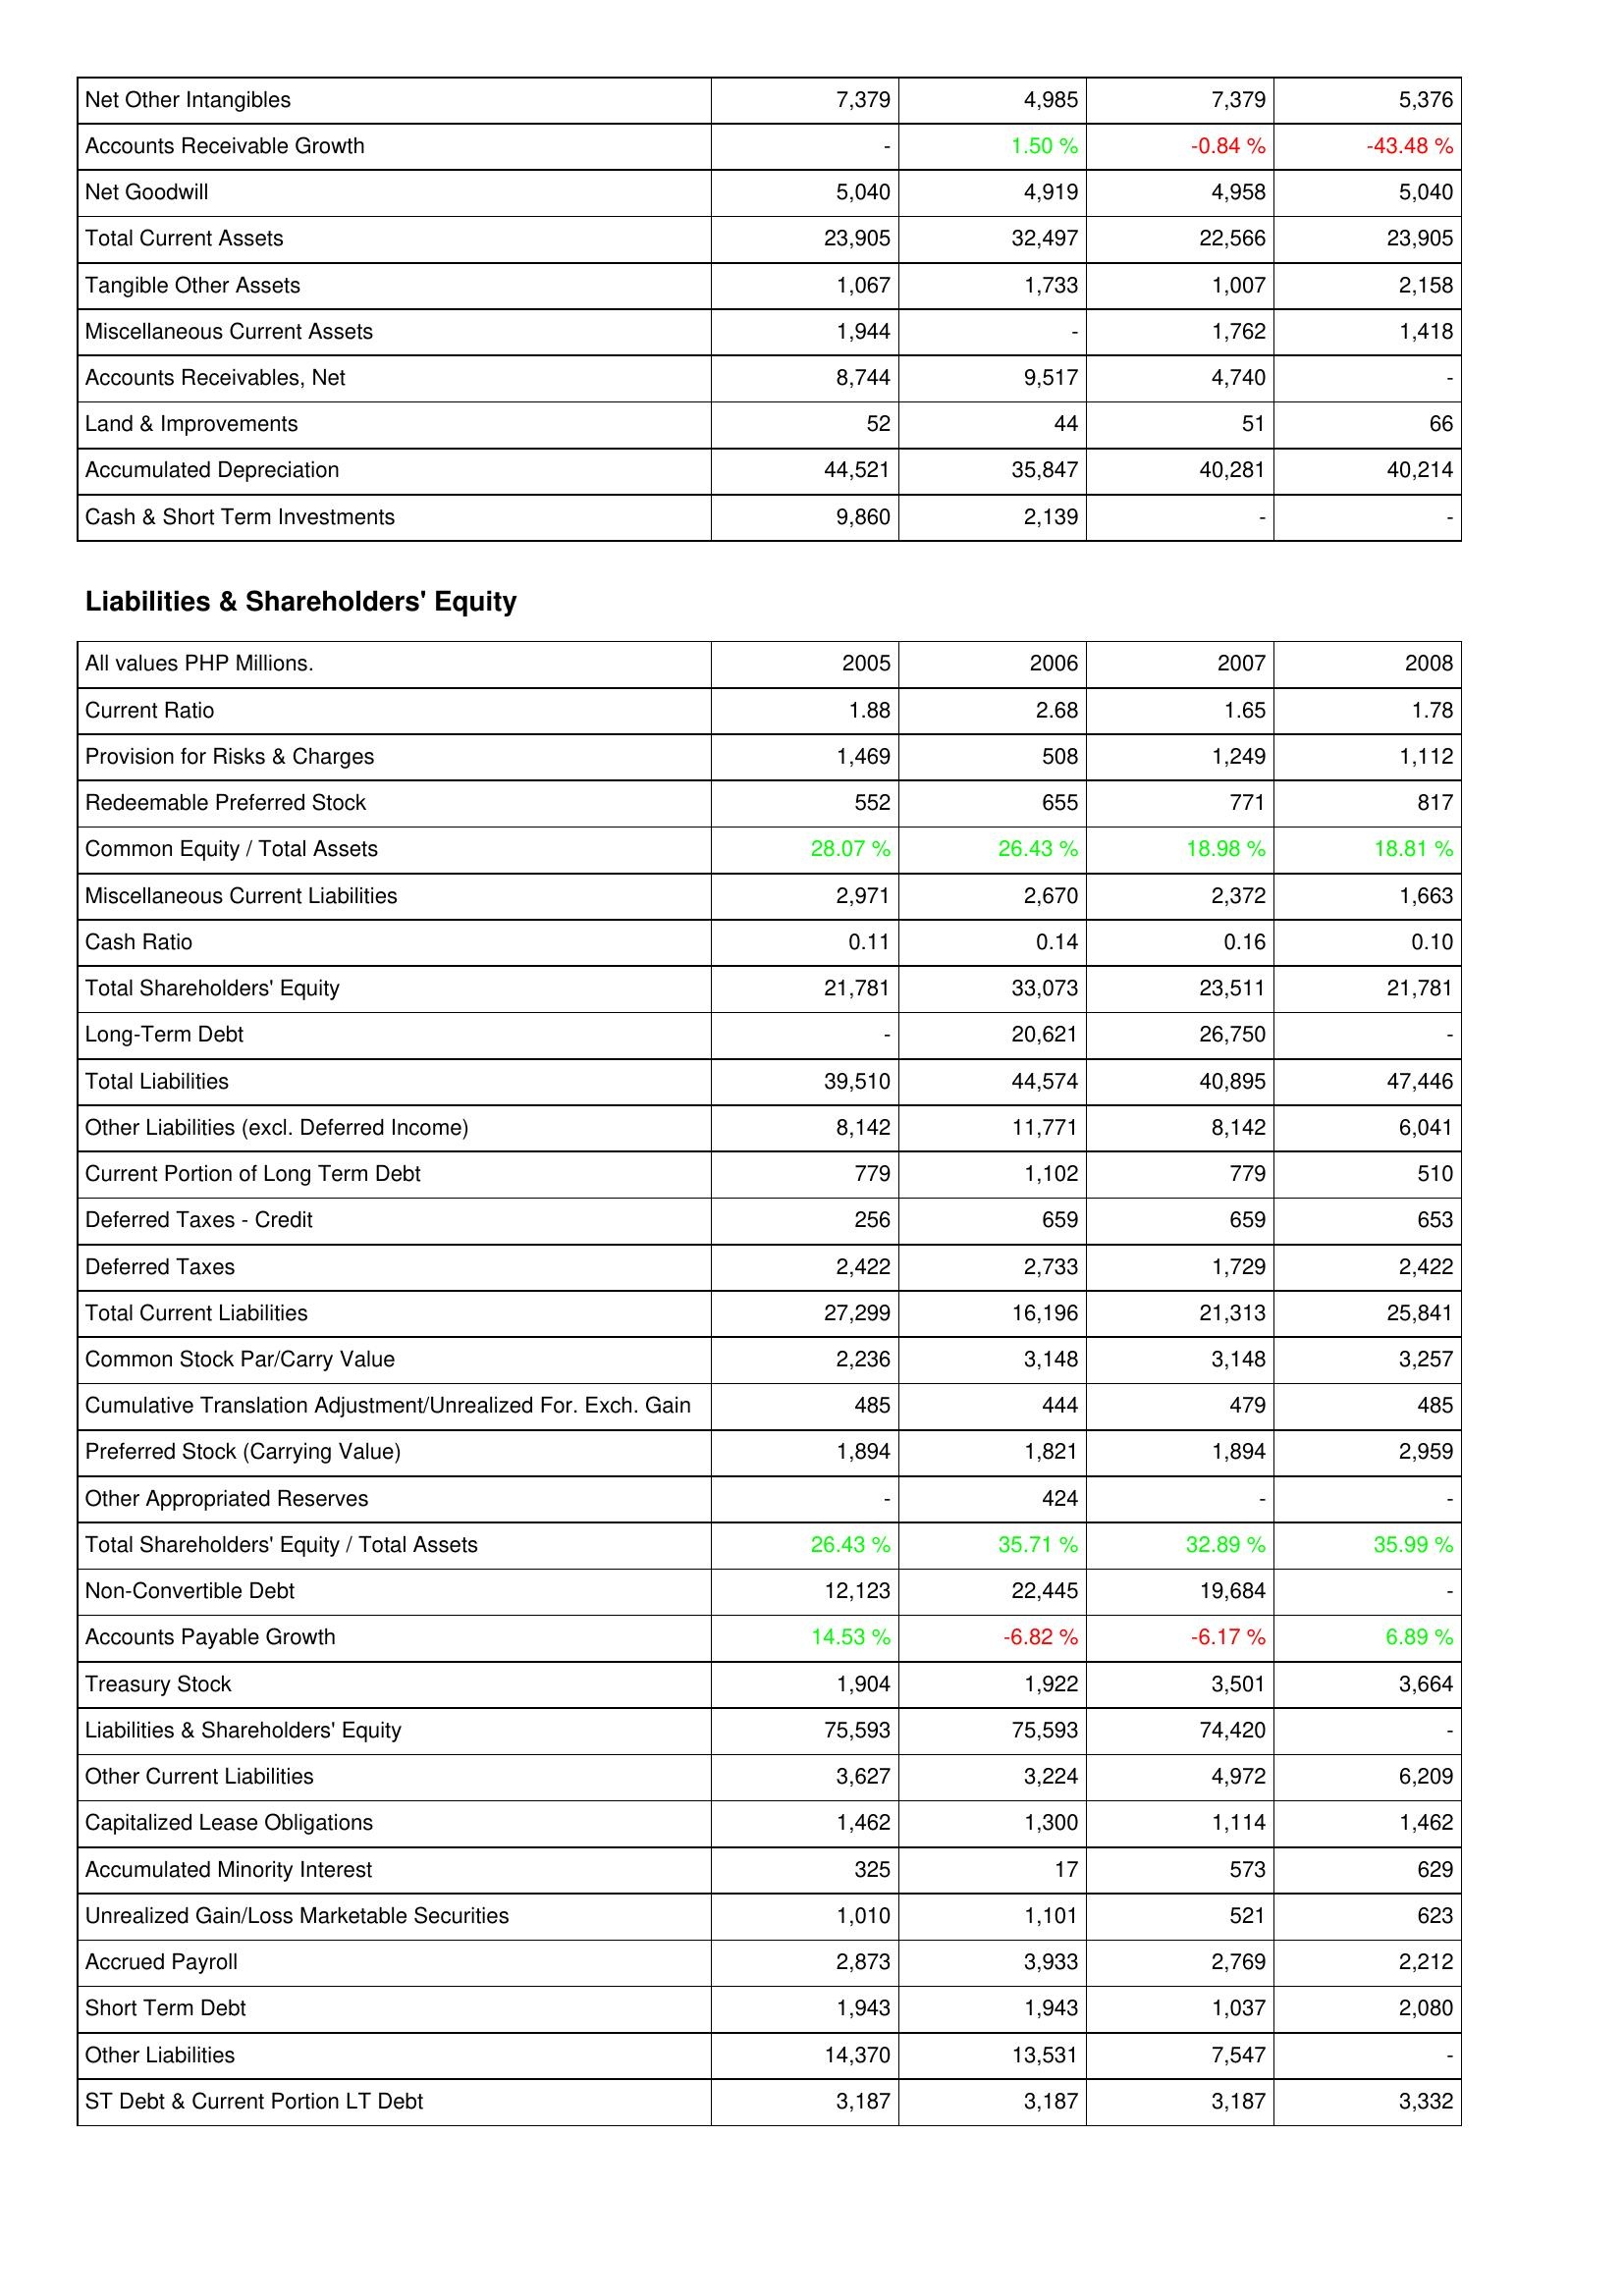
2005: Assets: Net Other Intangibles: 7,379
Accounts Receivable Growth: -
Net Goodwill: 5,040
Total Current Assets: 23,905
Tangible Other Assets: 1,067
Miscellaneous Current Assets: 1,944
Accounts Receivables, Net: 8,744
Land & Improvements: 52
Accumulated Depreciation: 44,521
Cash & Short Term Investments: 9,860
Liabilities & Shareholders' Equity: Current Ratio: 1.88
Provision for Risks & Charges: 1,469
Redeemable Preferred Stock: 552
Common Equity / Total Assets: 28.07 %
Miscellaneous Current Liabilities: 2,971
Cash Ratio: 0.11
Total Shareholders' Equity: 21,781
Long-Term Debt: -
Total Liabilities: 39,510
Other Liabilities (excl. Deferred Income): 8,142
Current Portion of Long Term Debt: 779
Deferred Taxes - Credit: 256
Deferred Taxes: 2,422
Total Current Liabilities: 27,299
Common Stock Par/Carry Value: 2,236
Cumulative Translation Adjustment/Unrealized For. Exch. Gain: 485
Preferred Stock (Carrying Value): 1,894
Other Appropriated Reserves: -
Total Shareholders' Equity / Total Assets: 26.43 %
Non-Convertible Debt: 12,123
Accounts Payable Growth: 14.53 %
Treasury Stock: 1,904
Liabilities & Shareholders' Equity: 75,593
Other Current Liabilities: 3,627
Capitalized Lease Obligations: 1,462
Accumulated Minority Interest: 325
Unrealized Gain/Loss Marketable Securities: 1,010
Accrued Payroll: 2,873
Short Term Debt: 1,943
Other Liabilities: 14,370
ST Debt & Current Portion LT Debt: 3,187
2006: Assets: Net Other Intangibles: 4,985
Accounts Receivable Growth: 1.50 %
Net Goodwill: 4,919
Total Current Assets: 32,497
Tangible Other Assets: 1,733
Miscellaneous Current Assets: -
Accounts Receivables, Net: 9,517
Land & Improvements: 44
Accumulated Depreciation: 35,847
Cash & Short Term Investments: 2,139
Liabilities & Shareholders' Equity: Current Ratio: 2.68
Provision for Risks & Charges: 508
Redeemable Preferred Stock: 655
Common Equity / Total Assets: 26.43 %
Miscellaneous Current Liabilities: 2,670
Cash Ratio: 0.14
Total Shareholders' Equity: 33,073
Long-Term Debt: 20,621
Total Liabilities: 44,574
Other Liabilities (excl. Deferred Income): 11,771
Current Portion of Long Term Debt: 1,102
Deferred Taxes - Credit: 659
Deferred Taxes: 2,733
Total Current Liabilities: 16,196
Common Stock Par/Carry Value: 3,148
Cumulative Translation Adjustment/Unrealized For. Exch. Gain: 444
Preferred Stock (Carrying Value): 1,821
Other Appropriated Reserves: 424
Total Shareholders' Equity / Total Assets: 35.71 %
Non-Convertible Debt: 22,445
Accounts Payable Growth: -6.82 %
Treasury Stock: 1,922
Liabilities & Shareholders' Equity: 75,593
Other Current Liabilities: 3,224
Capitalized Lease Obligations: 1,300
Accumulated Minority Interest: 17
Unrealized Gain/Loss Marketable Securities: 1,101
Accrued Payroll: 3,933
Short Term Debt: 1,943
Other Liabilities: 13,531
ST Debt & Current Portion LT Debt: 3,187
2007: Assets: Net Other Intangibles: 7,379
Accounts Receivable Growth: -0.84 %
Net Goodwill: 4,958
Total Current Assets: 22,566
Tangible Other Assets: 1,007
Miscellaneous Current Assets: 1,762
Accounts Receivables, Net: 4,740
Land & Improvements: 51
Accumulated Depreciation: 40,281
Cash & Short Term Investments: -
Liabilities & Shareholders' Equity: Current Ratio: 1.65
Provision for Risks & Charges: 1,249
Redeemable Preferred Stock: 771
Common Equity / Total Assets: 18.98 %
Miscellaneous Current Liabilities: 2,372
Cash Ratio: 0.16
Total Shareholders' Equity: 23,511
Long-Term Debt: 26,750
Total Liabilities: 40,895
Other Liabilities (excl. Deferred Income): 8,142
Current Portion of Long Term Debt: 779
Deferred Taxes - Credit: 659
Deferred Taxes: 1,729
Total Current Liabilities: 21,313
Common Stock Par/Carry Value: 3,148
Cumulative Translation Adjustment/Unrealized For. Exch. Gain: 479
Preferred Stock (Carrying Value): 1,894
Other Appropriated Reserves: -
Total Shareholders' Equity / Total Assets: 32.89 %
Non-Convertible Debt: 19,684
Accounts Payable Growth: -6.17 %
Treasury Stock: 3,501
Liabilities & Shareholders' Equity: 74,420
Other Current Liabilities: 4,972
Capitalized Lease Obligations: 1,114
Accumulated Minority Interest: 573
Unrealized Gain/Loss Marketable Securities: 521
Accrued Payroll: 2,769
Short Term Debt: 1,037
Other Liabilities: 7,547
ST Debt & Current Portion LT Debt: 3,187
2008: Assets: Net Other Intangibles: 5,376
Accounts Receivable Growth: -43.48 %
Net Goodwill: 5,040
Total Current Assets: 23,905
Tangible Other Assets: 2,158
Miscellaneous Current Assets: 1,418
Accounts Receivables, Net: -
Land & Improvements: 66
Accumulated Depreciation: 40,214
Cash & Short Term Investments: -
Liabilities & Shareholders' Equity: Current Ratio: 1.78
Provision for Risks & Charges: 1,112
Redeemable Preferred Stock: 817
Common Equity / Total Assets: 18.81 %
Miscellaneous Current Liabilities: 1,663
Cash Ratio: 0.10
Total Shareholders' Equity: 21,781
Long-Term Debt: -
Total Liabilities: 47,446
Other Liabilities (excl. Deferred Income): 6,041
Current Portion of Long Term Debt: 510
Deferred Taxes - Credit: 653
Deferred Taxes: 2,422
Total Current Liabilities: 25,841
Common Stock Par/Carry Value: 3,257
Cumulative Translation Adjustment/Unrealized For. Exch. Gain: 485
Preferred Stock (Carrying Value): 2,959
Other Appropriated Reserves: -
Total Shareholders' Equity / Total Assets: 35.99 %
Non-Convertible Debt: -
Accounts Payable Growth: 6.89 %
Treasury Stock: 3,664
Liabilities & Shareholders' Equity: -
Other Current Liabilities: 6,209
Capitalized Lease Obligations: 1,462
Accumulated Minority Interest: 629
Unrealized Gain/Loss Marketable Securities: 623
Accrued Payroll: 2,212
Short Term Debt: 2,080
Other Liabilities: -
ST Debt & Current Portion LT Debt: 3,332